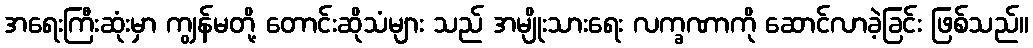
အရေးကြီးဆုံးမှာ ကျွန်မတို့ တောင်းဆိုသံများ သည် အမျိုးသားရေး လက္ခဏာကို ဆောင်လာခဲ့ခြင်း ဖြစ်သည်။